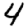
Digit: 4